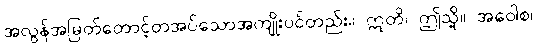
အလွန်အမြတ်တောင့်တအပ်သောအကျိုးပင်တည်း။ ဣတိ၊ ဤသို့။ အဝေါစ၊